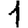
Digit: 1